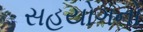
સહયોગનો